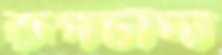
রূপচাঁদা